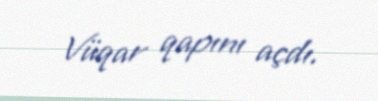
Vüqar qapını açdı.